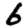
Digit: 6